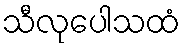
သီလုပေါသထံ